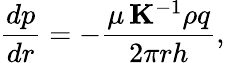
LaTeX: \frac{dp}{dr}=-\frac{\mu\, \mathbf{K}^{-1}\rho q}{2\pi rh},